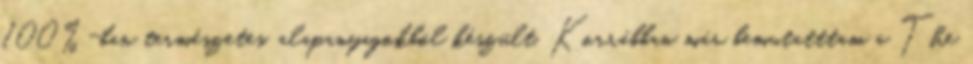
100%-ban természetes, alapanyagokból készült. Korrábban már bemutatttam a The